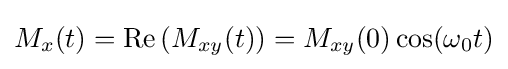
M_{x}(t)={\text{Re}}\left(M_{xy}(t)\right)=M_{xy}(0)\cos(\omega _{0}t)